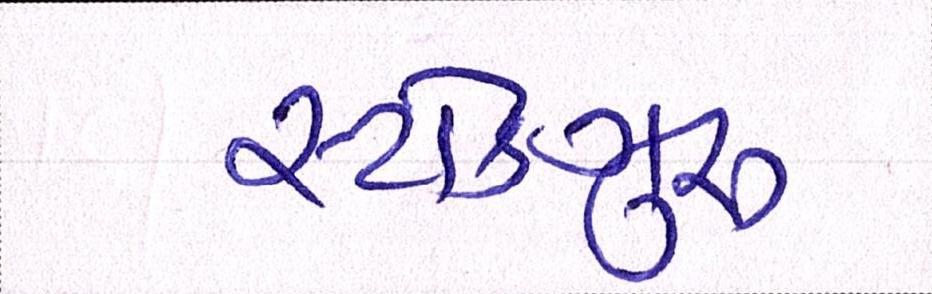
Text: સ્ટોકગુરૃ